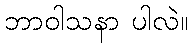
ဘာဝါသနာ ပါလဲ။